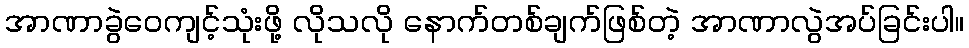
အာဏာခွဲဝေကျင့်သုံးဖို့ လိုသလို နောက်တစ်ချက်ဖြစ်တဲ့ အာဏာလွဲအပ်ခြင်းပါ။